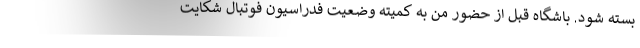
بسته شود. باشگاه قبل از حضور من به کمیته وضعیت فدراسیون فوتبال شکایت